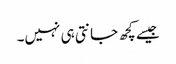
جیسے کچھ جانتی ہی نہیں۔